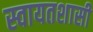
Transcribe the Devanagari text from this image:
स्वायतशासी